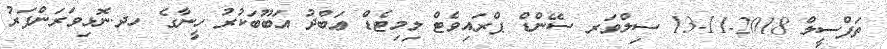
ތަފްސީލް 2018-11-13 ސިލްވަރ ސޭންޑް ޕްރައިވެޓް ލިމިޓެޑް ޢަބްދު އަބޫބަކުރު ހީނާގެ ހދ.ނޮޅިވަރަންފަރު